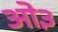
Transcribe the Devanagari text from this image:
ओ३